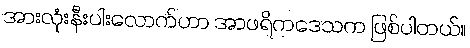
အားလုံးနီးပါးလောက်ဟာ အာဖရိကဒေသက ဖြစ်ပါတယ်။